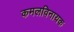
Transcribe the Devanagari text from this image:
कमलविनायक